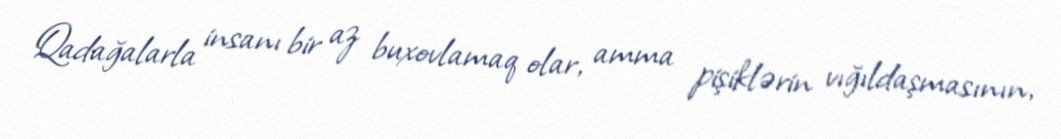
Qadağalarla insanı bir az buxovlamaq olar, amma pişiklərin vığıldaşmasının,